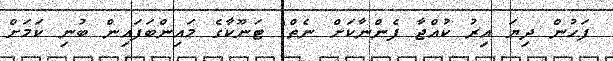
ފަހުން ދިޔަ އިރު ކުއްޖާ ފެންނާކަށް ނެތް" ޓަނޫކާގެ މައިންބަފައިން ބުނި ކަމަށް